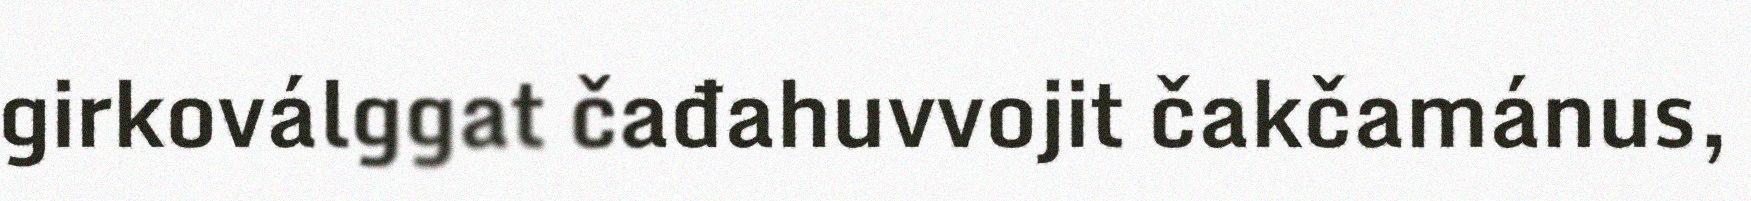
girkoválggat čađahuvvojit čakčamánus,